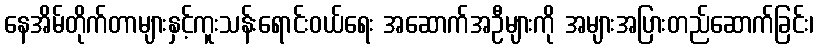
နေအိမ်တိုက်တာများနှင့်ကူးသန်းရောင်းဝယ်ရေး အဆောက်အဦများကို အများအပြားတည်ဆောက်ခြင်း၊